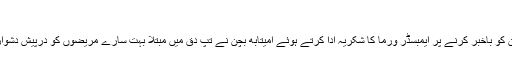
‘‘
اس دلچسپ واقعے سے حاضرین کو باخبر کرنے پر ایمبسڈر ورما کا شکریہ ادا کرتے ہوئے امیتابھ بچن نے تَپِ دِق میں مبتلا بہت سارے مریضوں کو درپیش دشواریوں پر اپنا نقطہ نظر پیش کیا ۔